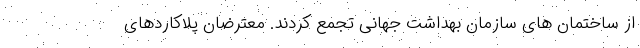
از ساختمان های سازمان بهداشت جهانی تجمع کردند. معترضان پلاکاردهای